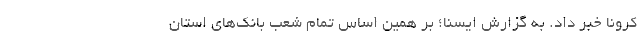
کرونا خبر داد. به گزارش ایسنا؛ بر همین اساس تمام شعب بانک‌های استان